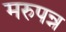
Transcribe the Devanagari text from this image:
मरुपन्न